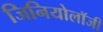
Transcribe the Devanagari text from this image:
जिनियोलॉजी